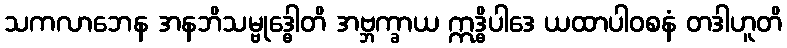
သကလာဘေန အနဘိသမ္ဗုဒ္ဓေါတိ အဗ္ဘက္ခာယ ဣဒ္ဓိပါဒေ ယထာပါဝစနံ တဒါဟူတိ